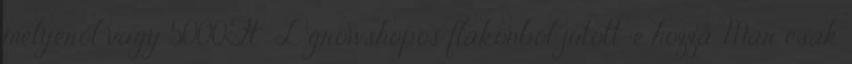
mélyéről vagy 5000Ft L growshopos flakonból jutott-e hozzá. Már csak